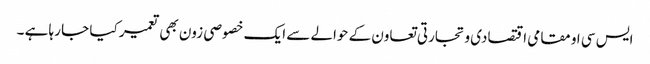
ایس سی او مقامی اقتصادی و تجارتی تعاون کے حوالے سے ایک خصوصی زون بھی تعمیر کیا جا رہا ہے ۔